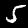
Digit: 5